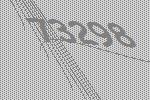
73298